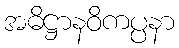
အဓိဋ္ဌာနဝိကပ္ပနာ